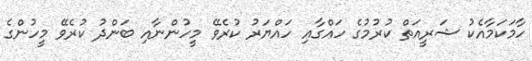
ހާމަކަމާއެކު ޝަރީއަތް ކުރުމުގެ ހައްގާއި ހައްޔަރު ކުރެވޭ މީހުންނާއި ބަންދު ކުރެވޭ މީހުންގެ